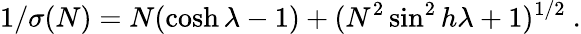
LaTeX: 1/\sigma(N)=N(\cosh\lambda-1)+(N^{2}\sin^{2}h\lambda+1)^{1/2}\ .